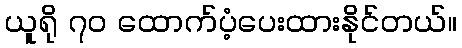
ယူရို ၇၀ ထောက်ပံ့ပေးထားနိုင်တယ်။